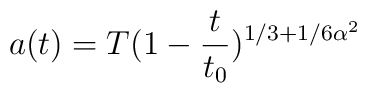
a(t)=T(1-\frac{t}{t_0})^{1/3+1/6\alpha^2}